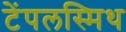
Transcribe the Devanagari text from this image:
टेंपलस्मिथ